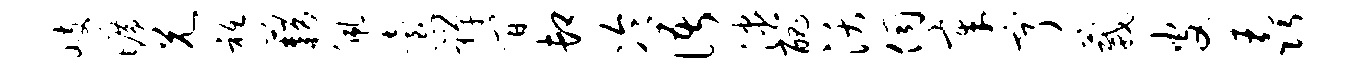
岐旷兄只藉佩怠禅间卸冷语漶丑沃伺章亨葳皮毳